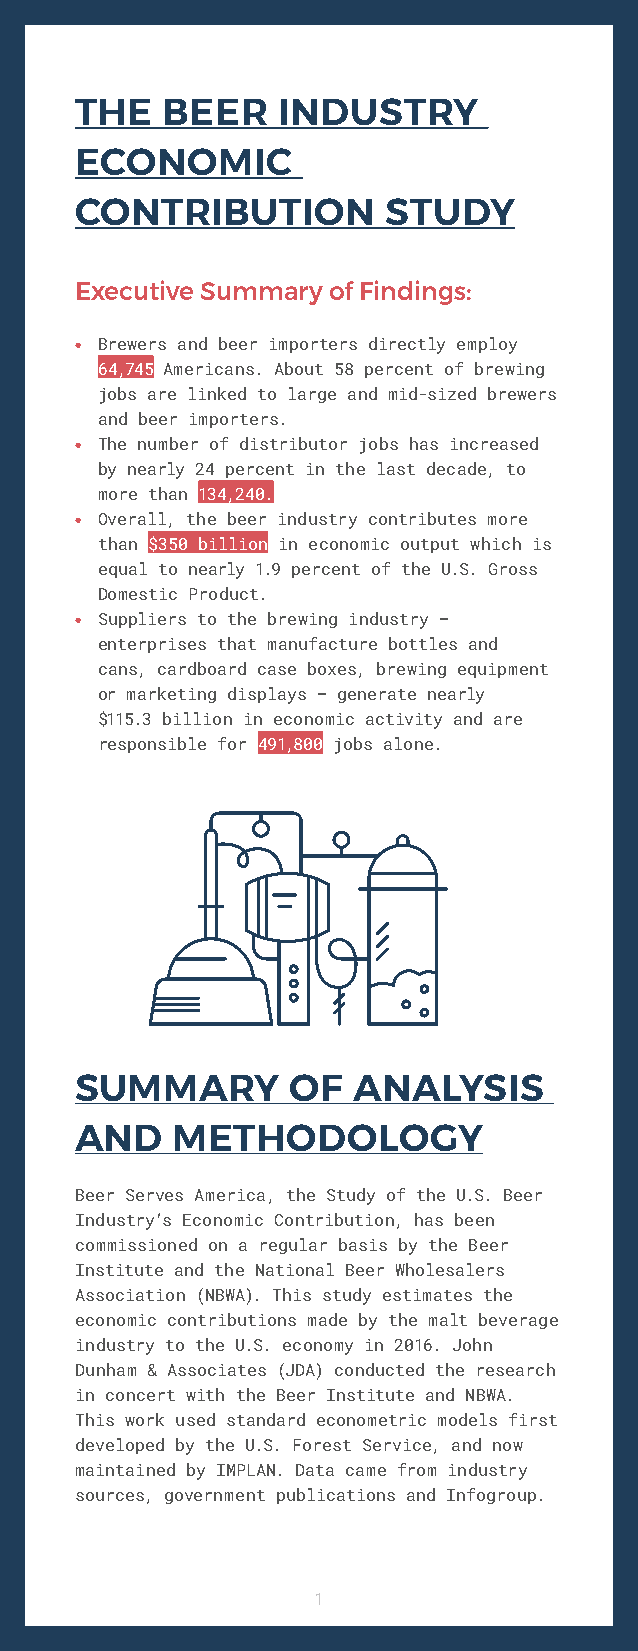
THE   BEER   INDUSTRY
 ECONOMIC
 CONTRIBUTION         STUDY
 Executive Summary of Findings:
 • Brewers and beer importers directly employ
 64,745 Americans. About 58 percent of brewing
 jobs are linked to large and mid-sized brewers
 and beer importers.
 • The number of distributor jobs has increased
 by nearly 24 percent in the last decade, to
 more than 134,240.
 • Overall, the beer industry contributes more
 than $350 billion in economic output which is
 equal to nearly 1.9 percent of the U.S. Gross
 Domestic Product.
 • Suppliers to the brewing industry –
 enterprises that manufacture bottles and
 cans, cardboard case boxes, brewing equipment
 or marketing displays – generate nearly
 $115.3 billion in economic activity and are
 responsible for 491,800 jobs alone.
 SUMMARY       OF  ANALYSIS
 AND   METHODOLOGY
 Beer Serves America, the Study of the U.S. Beer
 Industry’s Economic Contribution, has been
 commissioned on a regular basis by the Beer
 Institute and the National Beer Wholesalers
 Association (NBWA). This study estimates the
 economic contributions made by the malt beverage
 industry to the U.S. economy in 2016. John
 Dunham & Associates (JDA) conducted the research
 in concert with the Beer Institute and NBWA.
 This work used standard econometric models first
 developed by the U.S. Forest Service, and now
 maintained by IMPLAN. Data came from industry
 sources, government publications and Infogroup.
 1